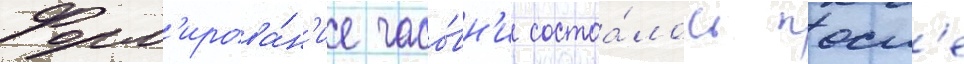
Форм'ирова́н'ие часо́вн'и состоа́лось посл'е